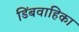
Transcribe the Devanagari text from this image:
डिंबवाहिका